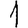
Digit: 1